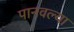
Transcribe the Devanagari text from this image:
पानवल्या